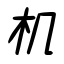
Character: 机